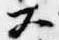
大